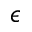
\epsilon